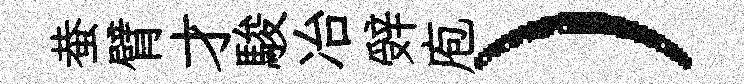
蛬臂才駿冶辤庖）